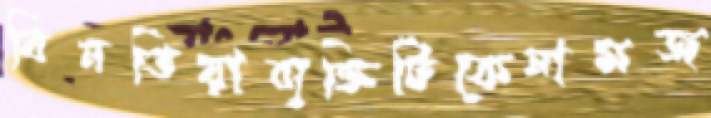
বিনতিয়াব্যক্তিটিকেনামজ